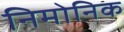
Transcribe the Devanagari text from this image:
निमोनिक